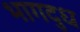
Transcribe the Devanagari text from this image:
भागदुध